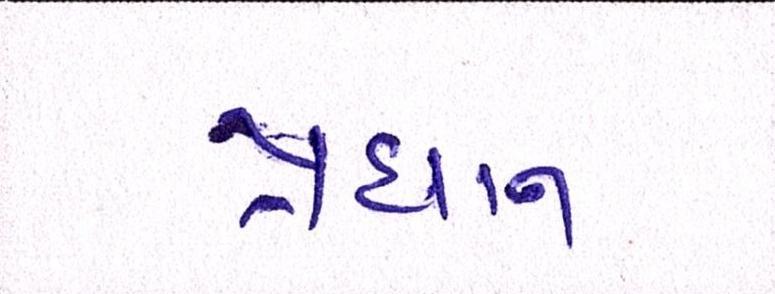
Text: પ્રધાન